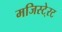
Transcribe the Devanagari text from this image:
मजिस्टे्रट